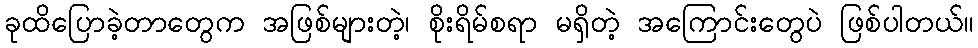
ခုထိပြောခဲ့တာတွေက အဖြစ်များတဲ့၊ စိုးရိမ်စရာ မရှိတဲ့ အကြောင်းတွေပဲ ဖြစ်ပါတယ်။